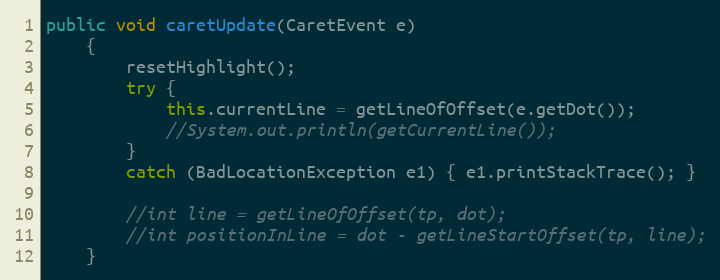
Language: Java
public void caretUpdate(CaretEvent e)
	{
		resetHighlight();
		try {
			this.currentLine = getLineOfOffset(e.getDot());
			//System.out.println(getCurrentLine());
		}
		catch (BadLocationException e1) { e1.printStackTrace(); }

		//int line = getLineOfOffset(tp, dot);
	    //int positionInLine = dot - getLineStartOffset(tp, line);
	}